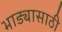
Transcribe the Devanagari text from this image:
भाड्यासाठी